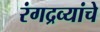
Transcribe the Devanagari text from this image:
रंगद्रव्यांचे